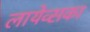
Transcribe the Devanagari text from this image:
लायेव्सका